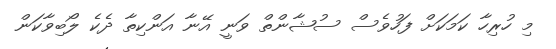
މި ހުރިހާ ކަމަކަށް ފަހުވެސް ސުޝާންތް ވަނީ އޭނާ އަންކިތާ ދެކެ ލޯބިވާކަން